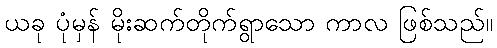
ယခု ပုံမှန် မိုးဆက်တိုက်ရွာသော ကာလ ဖြစ်သည်။